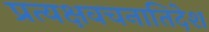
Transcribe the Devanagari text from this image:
प्रत्यक्षवचनातिदेश